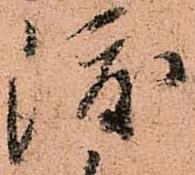
渡